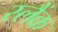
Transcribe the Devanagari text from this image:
स्लैंक